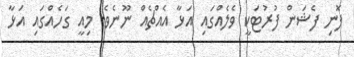
ފޮނި ފެޝަން ފުރުޓަކީ ވެލެއްގައި އަަޅާ އެއްޗެއް ނޫނެވެ. މިއީ ގަހެއްގައި އަޅާ